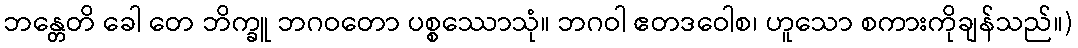
ဘန္တေတိ ခေါ တေ ဘိက္ခူ ဘဂဝတော ပစ္စဿောသုံ။ ဘဂဝါ ဧတဒဝေါစ၊ ဟူသော စကားကိုချန်သည်။)